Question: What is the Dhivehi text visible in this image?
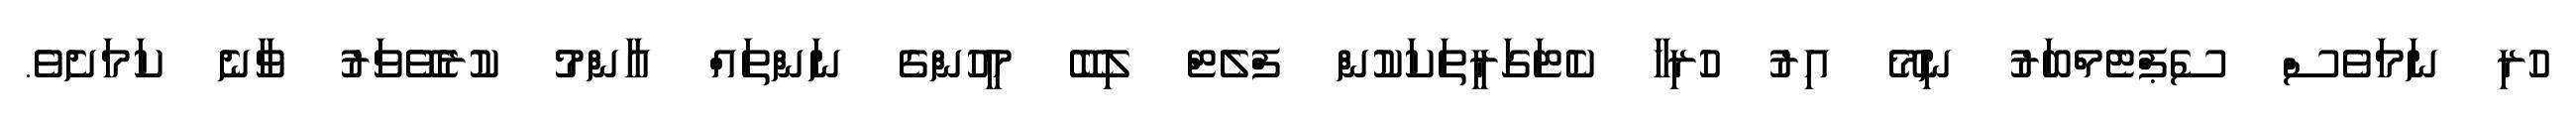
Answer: ހުރި ނަމަވެސް ސެޕްޓެމްބަރު ނިމޭ އިރު ހުރިހާ ކެޓަގަރީތަކަކުން ފްލެޓް ލިބޭ މީހުންގެ ނަންތައް އާންމު ކުރެވޭވަރު ވާނެ ކަމަށެވެ.